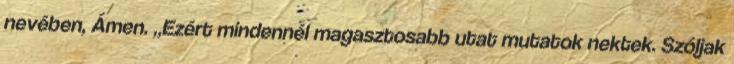
nevében, Ámen. „Ezért mindennél magasztosabb utat mutatok nektek. Szóljak